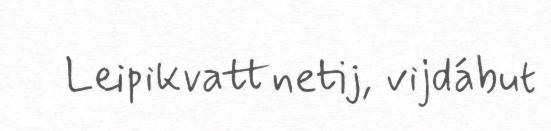
Leipikvattnetij, vijdábut